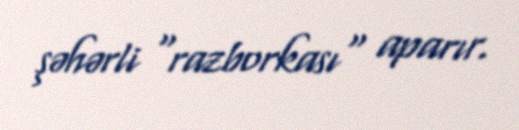
şəhərli "razborkası" aparır.